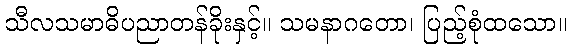
သီလသမာဓိပညာတန်ခိုးနှင့်။ သမနာဂတော၊ ပြည့်စုံထသော။